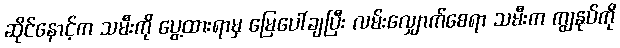
ဆိုင်နောင့်က သမီးကို ပွေ့ထားရာမှ မြေပေါ်ချပြီး လမ်းလျှောက်စေရာ သမီးက ကျွနုပ်ကို